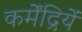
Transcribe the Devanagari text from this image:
कर्मेंद्रियें